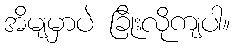
အိမျမှာပဲ ခြိုးလိုကျပါ။